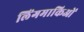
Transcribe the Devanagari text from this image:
लिंगमाकिओं